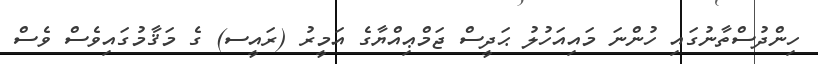
ހިންދުސްތާނުގައި ހުންނަ މައިއަހުލު ޙަދީސް ޖަމްޢިއްޔާގެ އަމީރު (ރައީސ) ގެ މަޤާމުގައިވެސް ވެސް